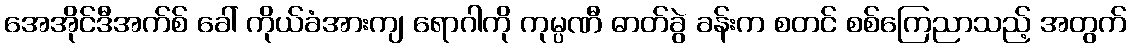
အေအိုင်ဒီအက်စ် ခေါ် ကိုယ်ခံအားကျ ရောဂါကို ကုမ္ပဏီ ဓာတ်ခွဲ ခန်းက စတင် စစ်ကြေညာသည့် အတွက်